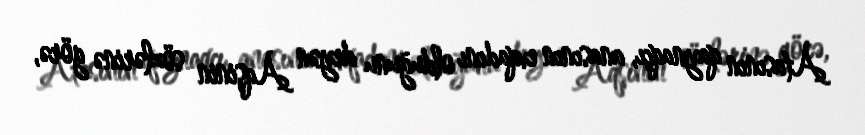
Atasının qaynaqçı, anasının evqadını olduğunu deyən Aqşinin sözlərinə görə,